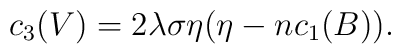
c_{3}(V)=2\lambda \sigma \eta(\eta-nc_{1}(B)).